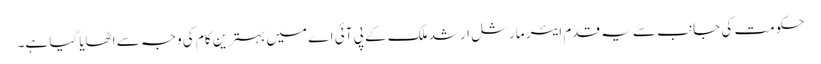
حکومت کی جانب سے یہ قدم ایئر مارشل ارشد ملک کے پی آئی اے میں بہترین کام کی وجہ سے اٹھایا گیا ہے۔